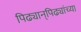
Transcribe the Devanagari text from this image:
पिढ्यान्‌पिढ्यांच्या